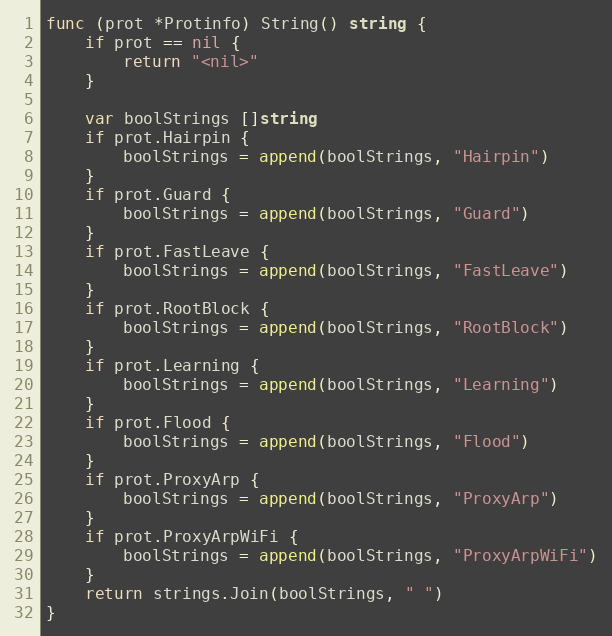
Language: Go
func (prot *Protinfo) String() string {
	if prot == nil {
		return "<nil>"
	}

	var boolStrings []string
	if prot.Hairpin {
		boolStrings = append(boolStrings, "Hairpin")
	}
	if prot.Guard {
		boolStrings = append(boolStrings, "Guard")
	}
	if prot.FastLeave {
		boolStrings = append(boolStrings, "FastLeave")
	}
	if prot.RootBlock {
		boolStrings = append(boolStrings, "RootBlock")
	}
	if prot.Learning {
		boolStrings = append(boolStrings, "Learning")
	}
	if prot.Flood {
		boolStrings = append(boolStrings, "Flood")
	}
	if prot.ProxyArp {
		boolStrings = append(boolStrings, "ProxyArp")
	}
	if prot.ProxyArpWiFi {
		boolStrings = append(boolStrings, "ProxyArpWiFi")
	}
	return strings.Join(boolStrings, " ")
}